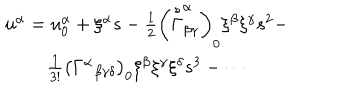
LaTeX: \begin{array} { c } { { u ^ { \alpha } = u _ { 0 } ^ { \alpha } + \xi ^ { \alpha } s - \frac 1 2 \left( \stackrel { s } { \Gamma } _ { \beta \gamma } ^ { \alpha } \right) _ { 0 } \xi ^ { \beta } \xi ^ { \gamma } s ^ { 2 } - } } \\ { { \frac 1 { 3 ! } \left( \Gamma ^ { \alpha } { } _ { \beta \gamma \delta } \right) _ { 0 } \xi ^ { \beta } \xi ^ { \gamma } \xi ^ { \delta } s ^ { 3 } - \cdots } } \\ \end{array}